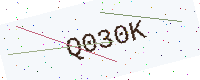
Text: Q030K